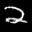
Label: 2